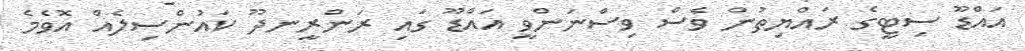
އައްޑޫ ސިޓީގެ ރައްޔިތުން ވެސް ވިސްނަންވީ އައްޑޫ ގައި ރަންރީނދޫ ކައުންސިލެއް އޮވެމެ